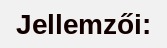
Jellemzői: